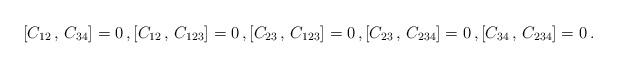
LaTeX: \begin{align*}[C_{12}\,,\,C_{34}]=0\,,[C_{12}\,,\,C_{123}]=0\,,[C_{23}\,,\,C_{123}]=0\,,[C_{23}\,,\,C_{234}]=0\,,[C_{34}\,,\,C_{234}]=0\,.\end{align*}